Report on sanitation, dispensaries, and jails in Rajputana for 1921, and on vaccination for the year 1921-1922 - 1921-1922
Year: 1921
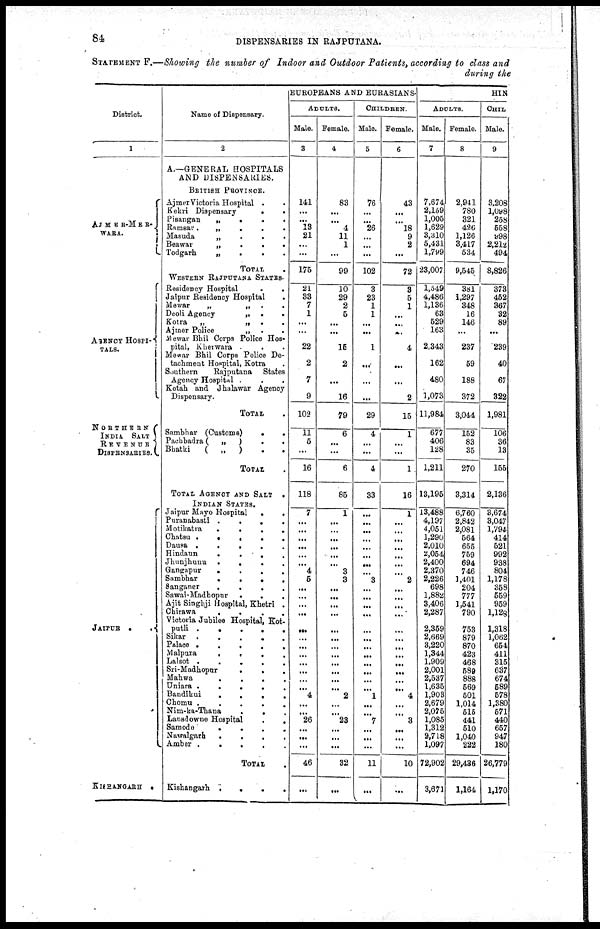
84
DISPENSARIES IN RAJPUTANA.
STATEMENT F.—Showing the number of Indoor and Outdoor Patients, according to class and
during the
EUROPEANS AND EURASIANS.
District.
1
AJMER-MER¬
WARA.
AGENCY HOSPI¬
TALS.
NORTHERN
INDIA SALT
REVENUE
DISPENSARIES.
JAIPUR ..
KISHANGARH
.
Name of Dispensary.
2
A.—GENERAL HOSPITALS
AND DISPENSARIES.
BRITISH PROVINCE.
Ajmer Victoria Hospital ..
Kekri Dispensary
..
Pisangan
„
...
Ramsar.
„
...
Masuda
„ ...
Beawar
„
...
Todgarh
„
...
TOTAL.
WESTERN RAJPUTANA STATES.
Residency Hospital
..
Jaipur Residency Hospital
.
Mewar
„
„
..
Deoli Agency
„
..
Kotra
„
„
..
Ajmer Police
„
..
Mewar Bhil Corps Police Hos-
pital, Kherwara ...
Mewar Bhil Corps Police De-
tachment Hospital, Kotra .
Southern
Rajputana
States
Agency Hospital ...
Kotah and Jhalawar Agency
Dispensary.
TOTAL .
Sambhar (Customs)
..
Pachbadra (
„
) ..
Bhatki
(
„
) ..
TOTAL .
TOTAL AGENCY AND SALT .
INDIAN STATES.
Jaipur Mayo Hospital
..
Puranabasti ....
Motikatra ....
Chatsu
.....
Dausa
.....
Hindaun
....
Jhunjhunu
....
Gangapur
....
Sambhar
....
Sanganer
....
Sawai-Madhopur
...
Ajit Singhji Hospital, Khetri .
Chirawa
....
Victoria Jubilee Hospital, Kot¬
putli
.....
Sikar
.....
Palace
.....
Malpura
....
Lalsot
.....
Sri-Madhopur
...
Mahwa
....
Uniara
.....
Bandikui
....
Chomu
....
Nim-ka-Thana
...
Lansdowne Hospital
..
Samodo
....
Nawalgarh
....
Amber
.....
TOTAL .
Kishangarh
....
ADULTS.
Male.
3
141
...
... 13
21
...
...
175
21
33
7
1
...
...
22
2
7
9
102
11
5
...
16
118
7
...
...
...
...
...
...
4
5
...
...
...
...
...
...
...
...
...
...
...
...
4
...
...
26
...
...
...
46
...
Female.
4
83
...
...
4
11
1
...
99
10
29
2
5
...
...
15
2
...
16
79
6
...
...
6
85
1
...
...
...
...
...
...
3
3
...
...
...
...
...
...
...
...
...
...
...
...
2
...
...
23
...
...
...
32
...
CHILDREN.
Male.
5
76
...
...
26
...
...
...
102
3
23
1
1
...
...
1
...
...
...
29
4
...
...
4
33
...
...
...
...
...
...
...
...
3
...
...
...
...
...
...
...
...
...
...
...
...
1
...
...
7
...
...
...
11
...
Female.
6
43
...
... 18
9
2
...
72
3
5
1
...
...
...
4
...
...
2
15
1
...
...
1
16
1
...
...
...
...
...
...
...
2
...
...
...
...
...
...
...
...
...
...
...
...
4
...
...
3
...
...
...
10
...
HIN
ADULTS.
Male.
7
7,674
2,159
1,005
1,629
3,310
5,431
1,799
23,007
1,549
4,486
1,136
63
529
163
2,343
162
480
1,073
11,984
677
406
128
1,211
13,195
13,488
4,197
4,051
1,290
2,010
2,054
2,400
2,370
2,226
698
1,882
3,406
2,287
2,359
2,669
3,220
1,344
1,909
2,001
2,537
1,635
1,903
2,679
2,075
1,085
1,312
2,718
1,097
72,902
3,671
Female.
8
2,941
780
321
426
1,126
3,417
534
9,545
381
1,297
348
16
146
...
237
59
188
372
3,044
152
83
35
270
3,314
6,760
2,842
2,081
564
655
759
694
746
1,401
204
777
1,541
790
753
879
870
423
468
589
888
569
501
1,014
515
441
510
1,040
222
29,436
1,164
CHIL
Male.
9
3,208
1,098
258
558
998
2,212
494
8,826
373
452
367
32
89
...
239
40
67
322
1,981
106
36
13
155
2,136
3,674
3,047
1,794
414
521
992
938
804
1,178
358
559
959
1,128
1,318
1,062
654
411
315
637
674
589
578
1,380
571
440
657
947
180
26,779
1,170